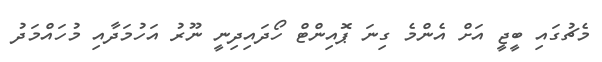
މެޗުގައި ބީޖީ އަށް އެންމެ ގިނަ ޕޮއިންޓް ހޯދައިދިނީ ނޫރު އަހުމަދާއި މުހައްމަދު